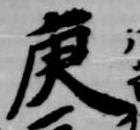
庚